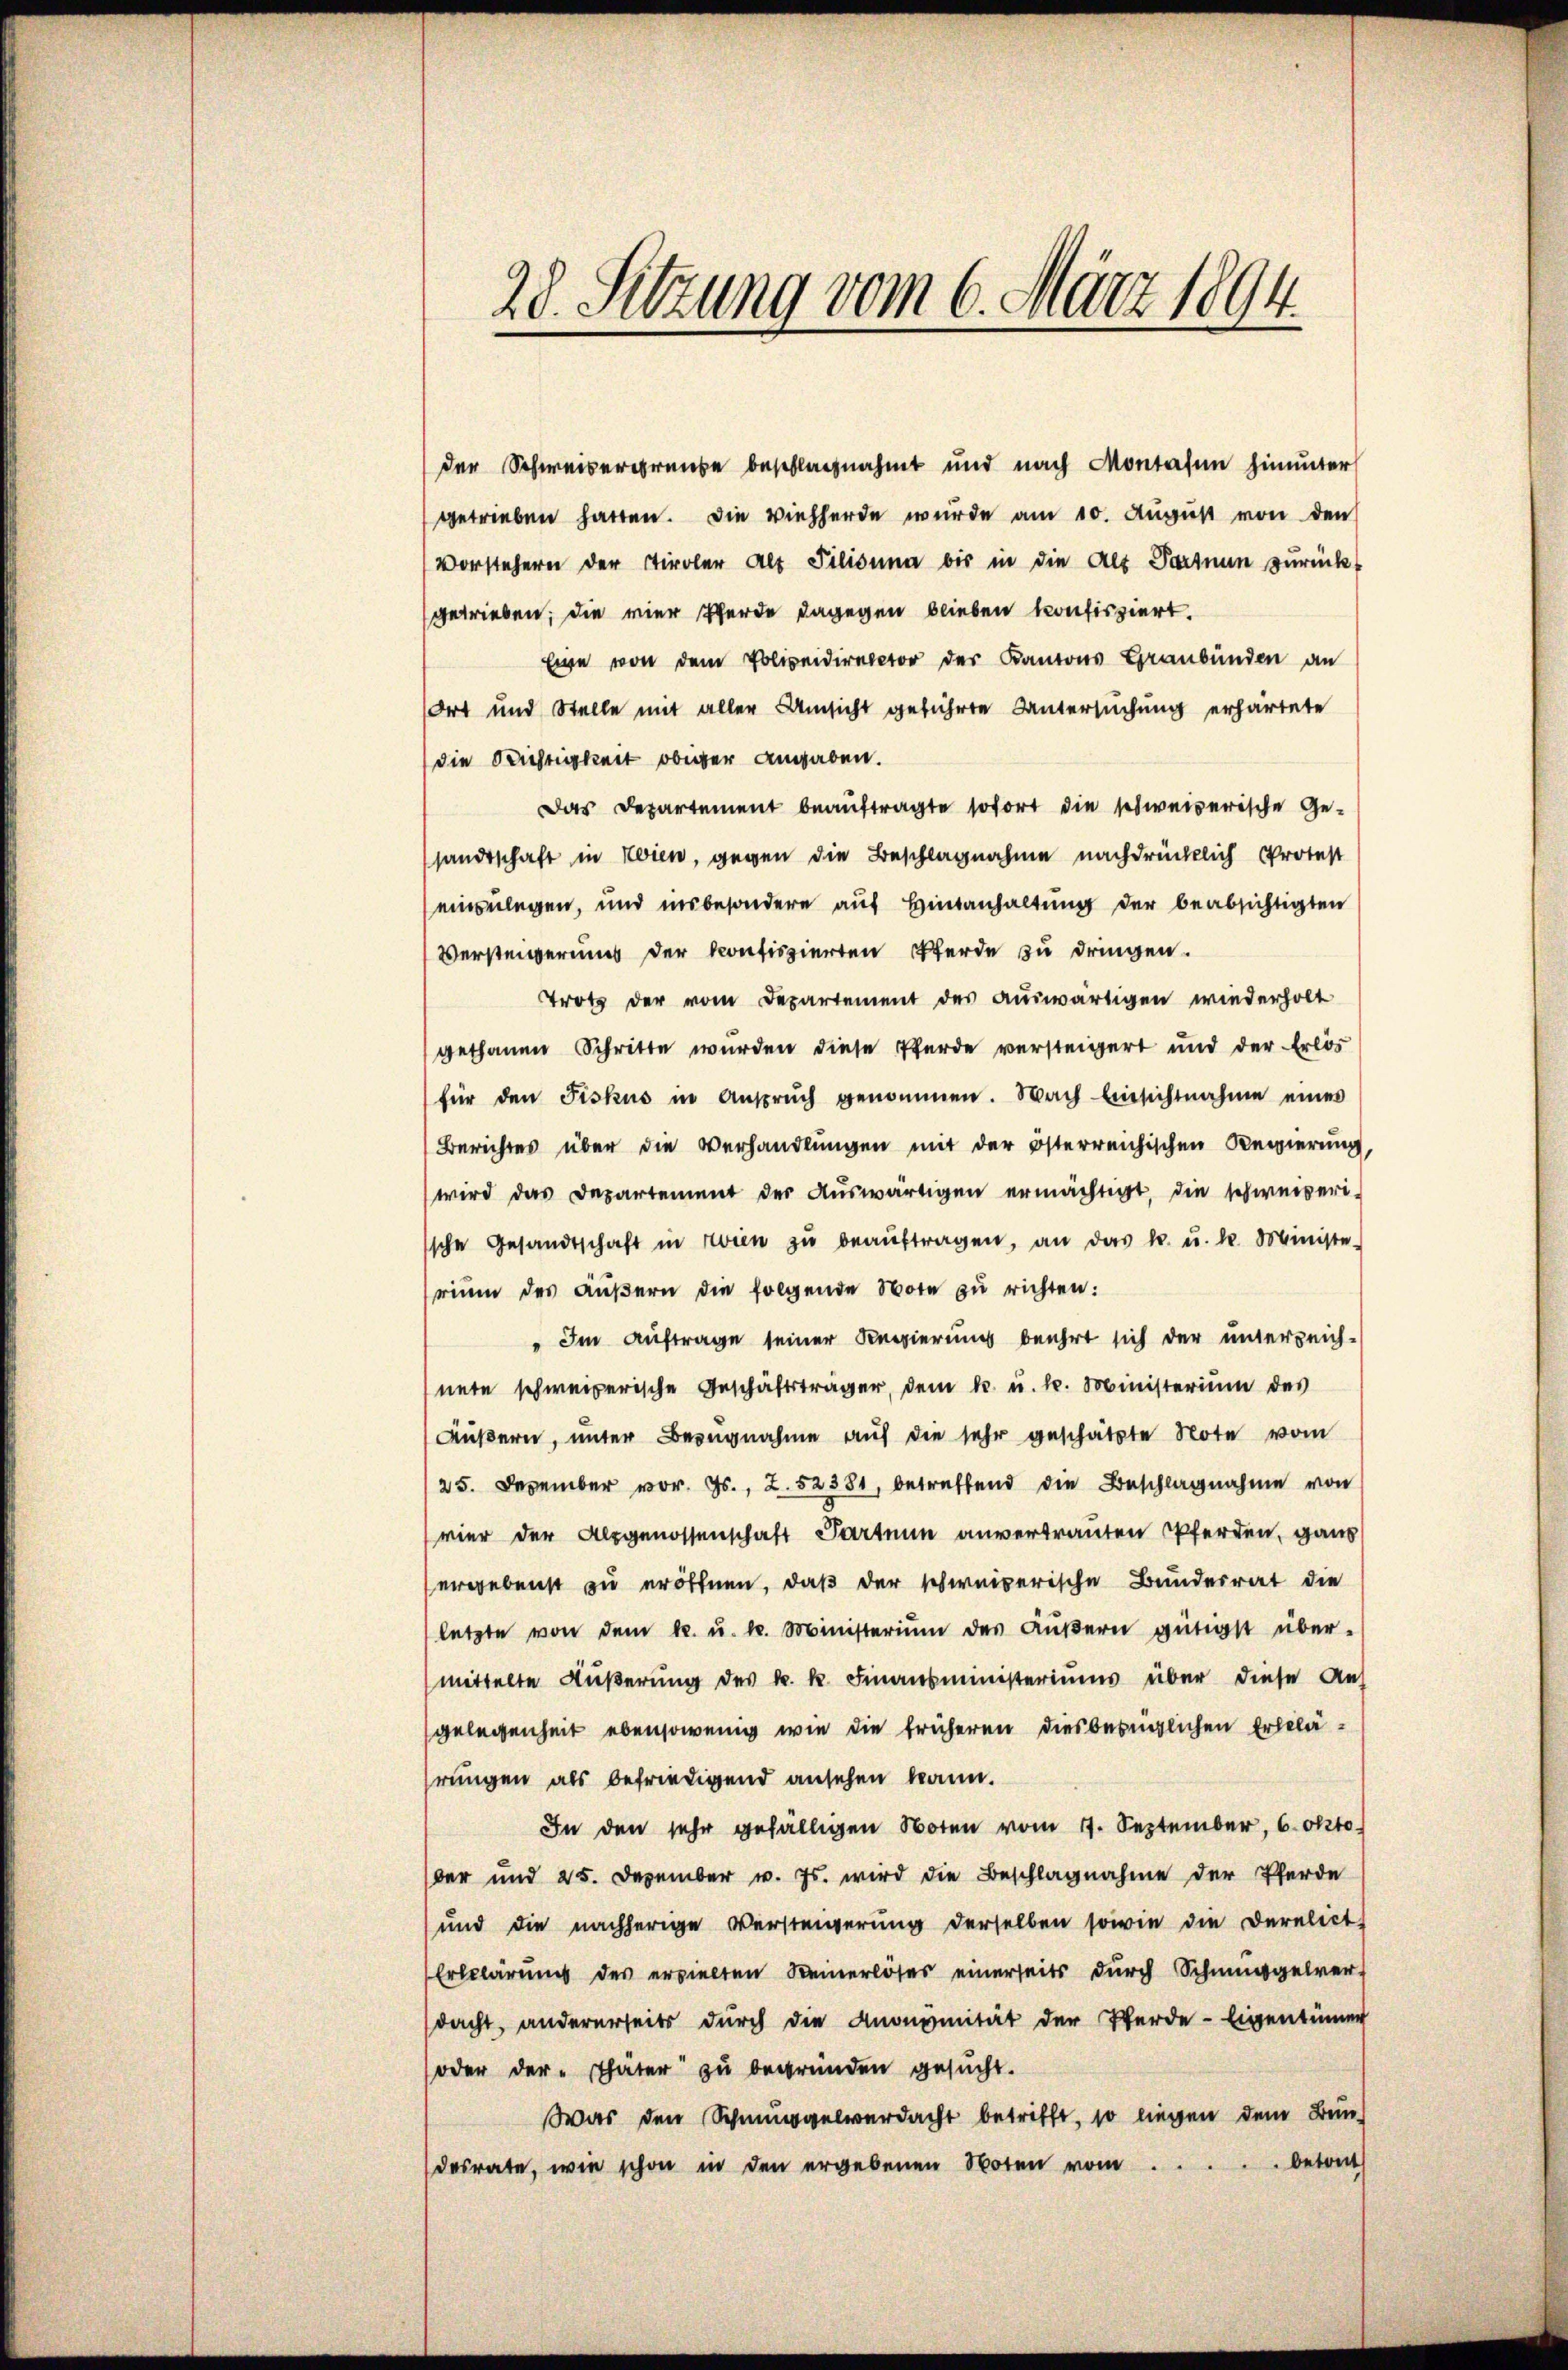
28. Sitzung vom 6. März 1894.

der Schweisergrunde beschlagnahmt und nach Montafen hinunter
getrieben hatten. Die Viehherde wurde am 10. Aŭgŭst von den
Vorstehern der Tiroler Alt Filiduma bis in die Alt Parten zurück-
getrieben; die vier Pferde dagegen blieben konfisziert.
Eine von dem Polizeidirector der Kantons Graubünden an
Ort und Stelle mit aller Umsicht geführte Untersuchung erhärtete
die Richtigkeit obiger angaben.
Das Departement beauftragte sofort die schweizerische Gesandtschaft in Wien, gegen die Beschlagnahme nachdrücklich Protest
einzulegen, und insbesondere auf Hintanhaltung der beabsichtigten
Versteigerung der konfiszierten Pferde zu dringen.
Trotz der vom Departement des auswärtigen wiederholt
gethanen Schritte wurden diese Pferde versteigert und der Erlös
für den Fiskus in Ansprŭch genommen. Nach Einsichtnahme eines
Berichtes über die Verhandlungen mit der österreichischen Regierung,
wird das Departement der Aŭswärtigen ermächtigt, die schweizeri-
ssche Gesandtschaft in rien zŭ beaŭftragen, an das k. u. k. Ministe-
rium des Äußern die folgende Note zu richten:
" Im Auftrage seiner Regierung beehrt sich der unterzeich-
nete schweizerische Geschäftsträger, dem k. u. k. Ministerium des
Äußern, unter Bezugnahme auf die sehr geschätzte Note vom
/25. Dezember vor. Js., 2. 52381, betreffend die Beschlagnahme von
vier der Alpgenossenschaft Partium anvertrauten Pferden, ganz
ergebenst zu eröffnen, daß der schweizerische Bundesrat die
letzte von dem k. u. k. Ministerium des Kŭβern gütigst über-
mittelte Äußerung des k. k. Finanzministeriums über diese An-
gelegenheit ebensowenig wie die früheren diesbezüglichen Erklärungen als befriedigend ansehen kann.
In den sehr gefälligen Noten vom 17. September, 6. Oktober und 25. Dezember v. Js. wird die Beschlagnahme der Pferde
und die nachherige Versteigerung derselben sowie die Derelict
Erbklärung des erzielten Keinerlöses einerseits durch Schmuggelver
dacht, andererseits durch die Anonymität der Pferde-Eigentümer
oder der Thäter zu begründen gesucht.
Was den Schmuggelverdacht betrifft, so liegen dem Bun-
betont
desrate, wie schon in den ergebenen Noten vom